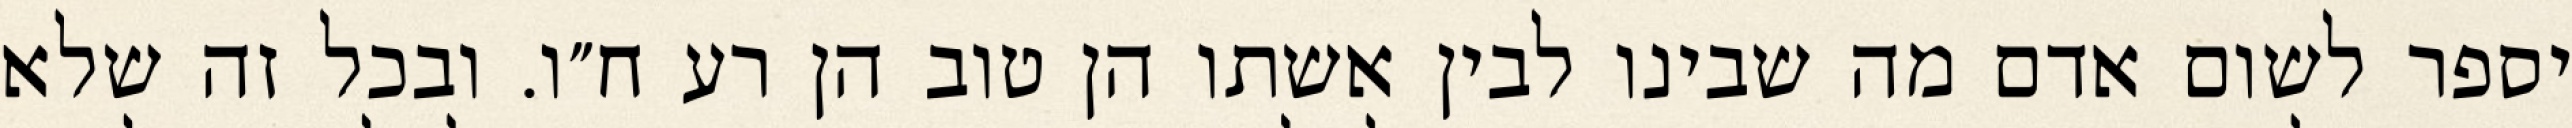
יספר לשום אדם מה שבינו לבין אשתו הן טוב הן רע ח״ו. ובכל זה שלא